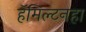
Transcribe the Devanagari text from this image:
हॅमिल्टनहा